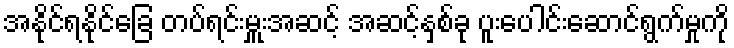
အနိုင်ရနိုင်ခြေ တပ်ရင်းမှူးအဆင့် အဆင့်နှစ်ခု ပူးပေါင်းဆောင်ရွက်မှုကို